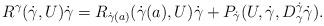
LaTeX: \begin{align*}R^\gamma(\dot\gamma,U)\dot\gamma=R_{\dot\gamma(a)}(\dot\gamma(a),U)\dot\gamma+P_{\dot\gamma}(U,\dot\gamma,D_\gamma^{\dot\gamma}\dot\gamma).\end{align*}